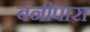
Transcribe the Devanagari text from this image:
बनीपारा